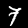
Label: 7